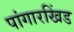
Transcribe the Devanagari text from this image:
पांगारखिंड